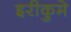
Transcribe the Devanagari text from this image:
इरीकुमे